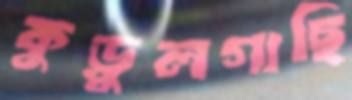
কুড়ুলগাছি